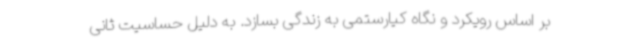
بر اساس رویکرد و نگاه کیارستمی به زندگی بسازد. به دلیل حساسیت ثانی